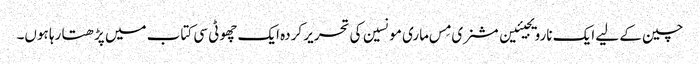
چین کے لیے ایک نارویجیئین مشنری مِس ماری مونسین کی تحریر کردہ ایک چھوٹی سی کتاب میں پڑھتا رہا ہوں۔